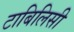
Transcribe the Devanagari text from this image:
टाबिलिसी